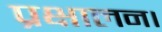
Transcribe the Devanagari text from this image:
प्रक्षालन।